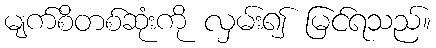
မျက်စိတစ်ဆုံးကို လှမ်း၍ မြင်ရသည်။